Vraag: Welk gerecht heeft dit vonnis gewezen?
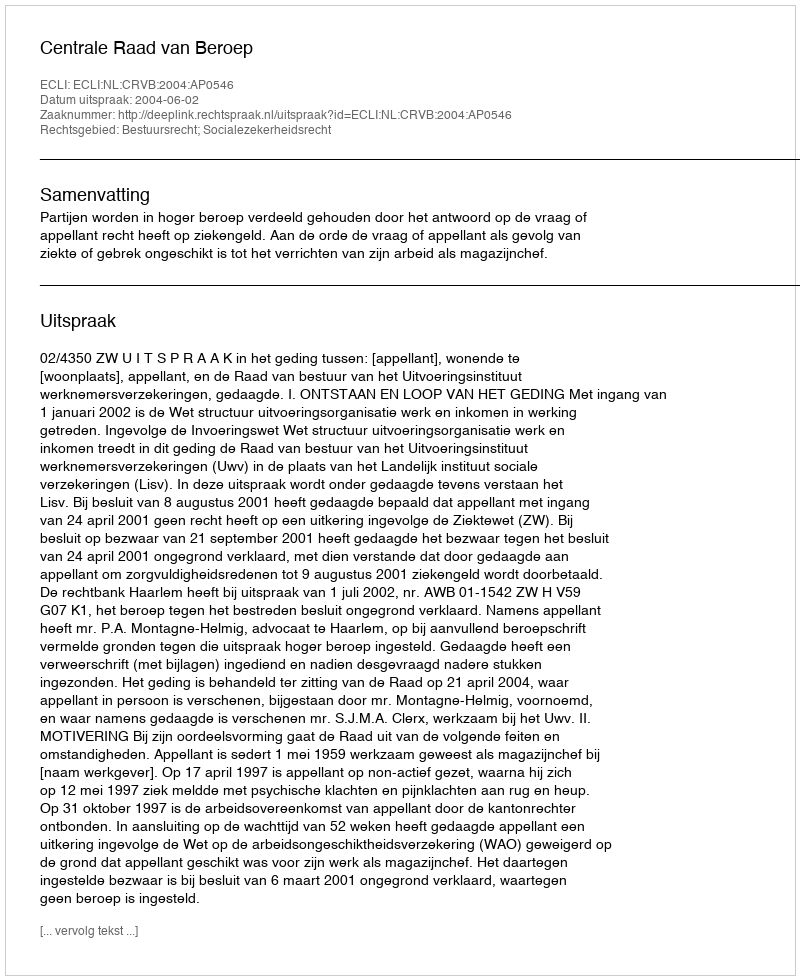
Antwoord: Centrale Raad van Beroep